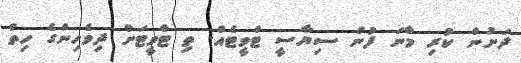
ދަށުން ކުރި މާނަ ފުން ސިޔާސީ ޓްވީޓެއް. ތި ޓްވީޓަށް ދިވެހިންގެ ހިތް